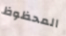
المحظوظ